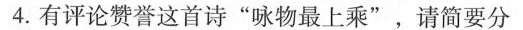
4.有评论赞誉这首诗”咏物最上乘”，请简要分